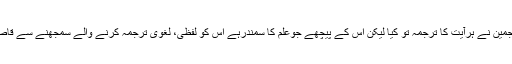
اردومترجمین نے ہرآیت کا ترجمہ تو کیا لیکن اس کے پیچھے جوعلم کا سمندرہے اس کو لفظی، لغوی ترجمہ کرنے والے سمجھنے سے قاصر رہے۔